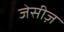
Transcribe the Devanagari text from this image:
जेसीज़